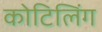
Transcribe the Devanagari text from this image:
कोटिलिंग